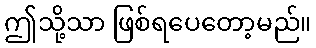
ဤသို့သာ ဖြစ်ရပေတော့မည်။